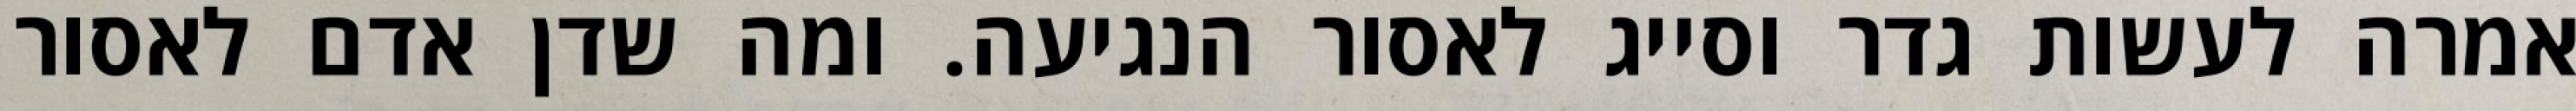
אמרה לעשות גדר וסייג לאסור הנגיעה. ומה שדן אדם לאסור